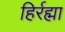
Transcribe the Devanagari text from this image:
हिर्रह्मा